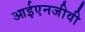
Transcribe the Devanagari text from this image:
आईएनजीवी